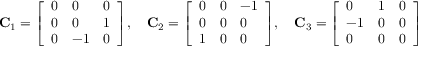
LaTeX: \mathbf { C } _ { 1 } = { \left[ \begin{array} { l l l } { 0 } & { 0 } & { 0 } \\ { 0 } & { 0 } & { 1 } \\ { 0 } & { - 1 } & { 0 } \end{array} \right] } , \quad \mathbf { C } _ { 2 } = { \left[ \begin{array} { l l l } { 0 } & { 0 } & { - 1 } \\ { 0 } & { 0 } & { 0 } \\ { 1 } & { 0 } & { 0 } \end{array} \right] } , \quad \mathbf { C } _ { 3 } = { \left[ \begin{array} { l l l } { 0 } & { 1 } & { 0 } \\ { - 1 } & { 0 } & { 0 } \\ { 0 } & { 0 } & { 0 } \end{array} \right] }